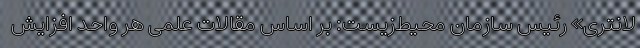
لانتری» رئیس سازمان محیط‌زیست: بر اساس مقالات علمی هر واحد افزایش